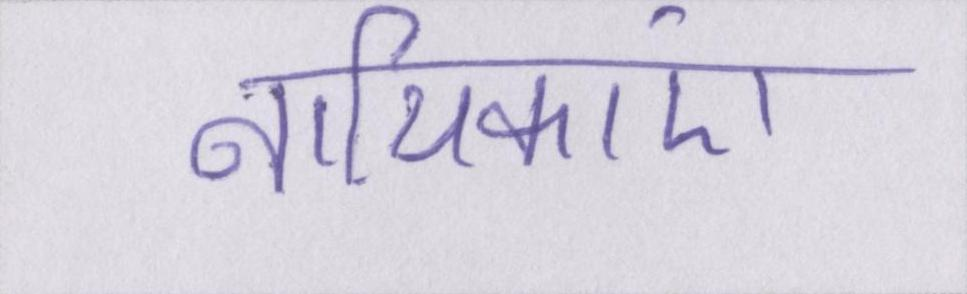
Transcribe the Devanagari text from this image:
नायिकाएं